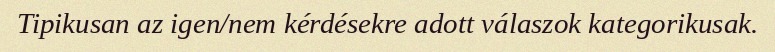
Tipikusan az igen/nem kérdésekre adott válaszok kategorikusak.